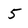
Character: 5